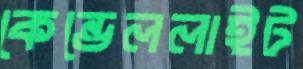
কেন্ডেললাইট